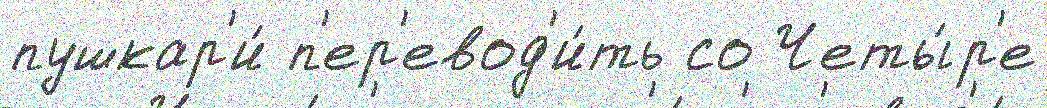
пушкар'и́ п'ер'евод'и́ть со Четы́р'е